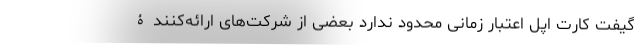
گیفت کارت اپل اعتبار زمانی محدود ندارد بعضی از شرکت‌های ارائه‌کنندۀ